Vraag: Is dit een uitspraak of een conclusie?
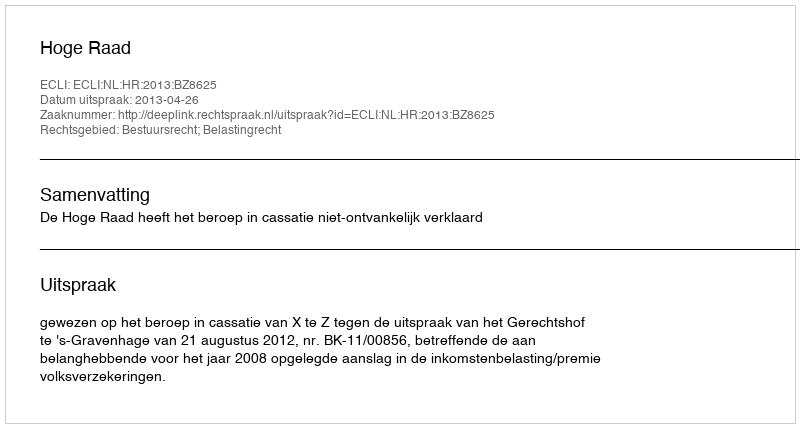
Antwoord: Uitspraak